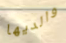
والديها